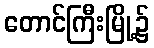
တောင်ကြီးမြို့၌